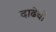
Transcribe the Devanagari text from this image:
दाढेची